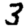
Digit: 3